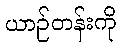
ယာဉ်တန်းကို